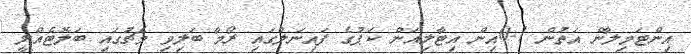
އިންޓަމިލާން އަތުން 1-0އިން އިޓާލިއަން ކަޕުގެ ފައިނަލްގައި ރޯމާ ބަލިވި މެޗުގައި ބަލޮޓެއްލީ